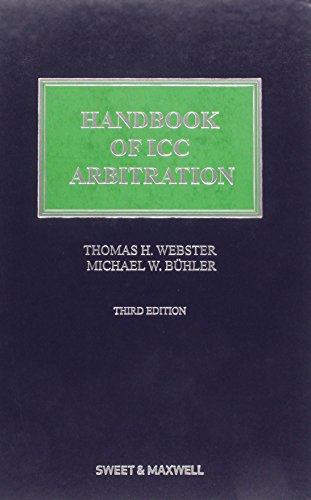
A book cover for Handbook of ICC Arbitration: Commentary, Precedents, Materials; Thomas H. Webster; Law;